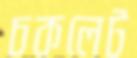
চকলেট